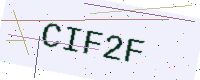
Text: CIF2F